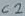
Text: C2